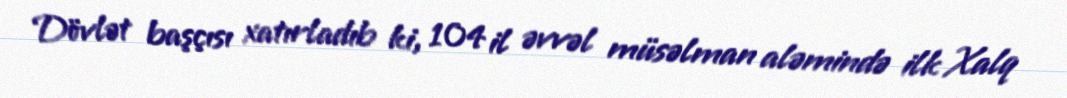
Dövlət başçısı xatırladıb ki, 104 il əvvəl müsəlman aləmində ilk Xalq